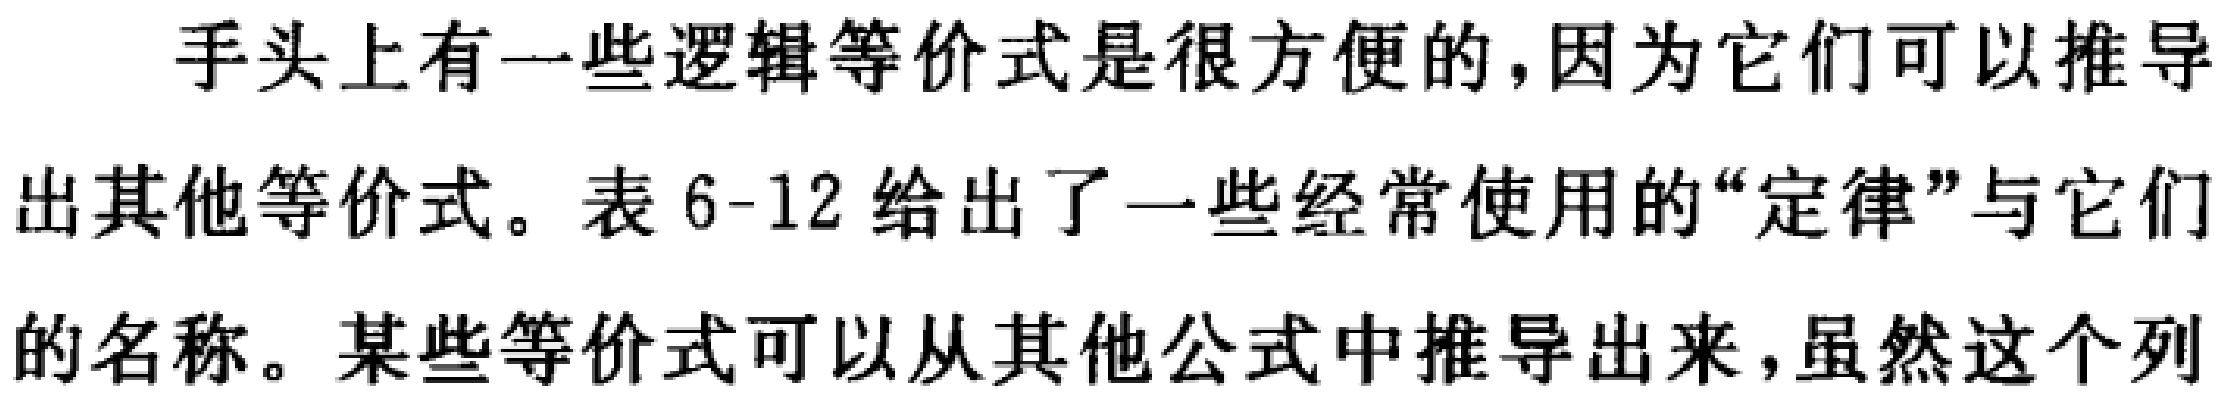
手头上有一些逻辑等价式是很方便的，因为它们可以推导
出其他等价式。表 6-12 给出了一些经常使用的“定律”与它们
的名称。某些等价式可以从其他公式中推导出来，虽然这个列